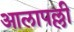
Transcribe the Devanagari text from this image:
आलापल्ली